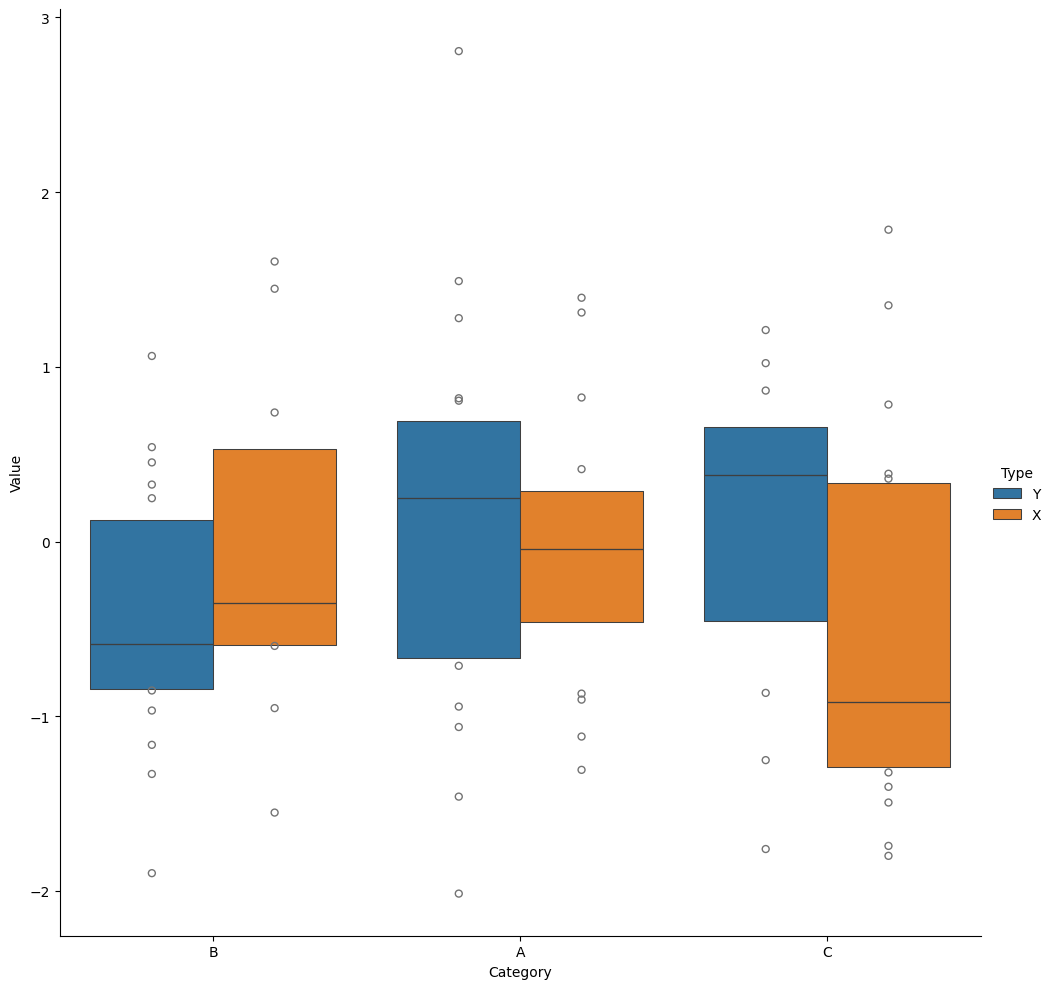
python, seaborn, catplot, kind='boxen', height=10, aspect=1